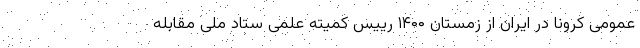
عمومی کرونا در ایران از زمستان ۱۴۰۰ رییس کمیته علمی ستاد ملی مقابله